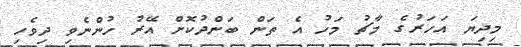
މިދިޔަ އަހަރުގެ މާޗު މަހު އެ ތަން ބަންދުކޮށް އޭރު ހުންނެވި ދިވެހި